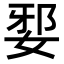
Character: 𡜹